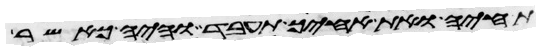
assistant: תחיה ואת אחיך תעבד והיה כאשר